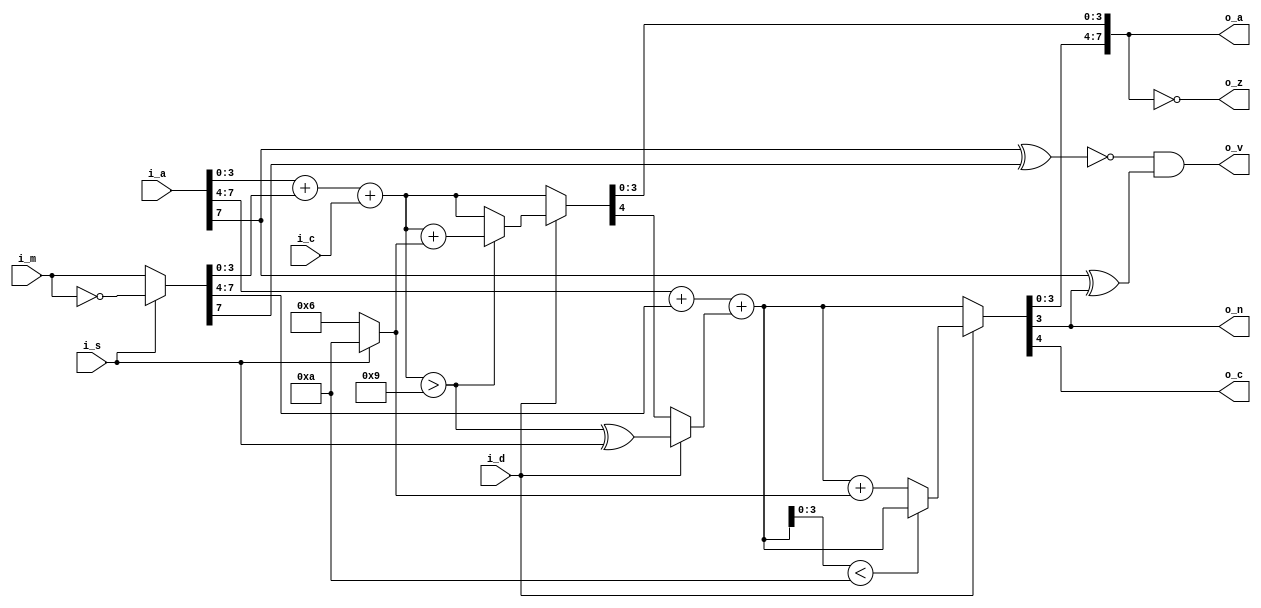
// This program was cloned from: https://github.com/jotego/jtcores
// License: GNU General Public License v3.0

// Copyright (c) 2014 Takashi Toyoshima <toyoshim@gmail.com>.
// All rights reserved.  Use of this source code is governed by a BSD-style
// license that can be found in the LICENSE file.

module MC6502Accumulator(
    i_a,
    i_m,
    i_c,
    i_d,
    i_s,
    o_a,
    o_n,
    o_z,
    o_c,
    o_v);
  input  [7:0] i_a;
  input  [7:0] i_m;
  input        i_c;
  input        i_d;
  input        i_s;
  output [7:0] o_a;
  output       o_n;
  output       o_z;
  output       o_c;
  output       o_v;

  wire   [7:0] w_m;
  wire   [4:0] w_bsum_lo;
  wire   [4:0] w_dsum_lo;
  wire   [4:0] w_bsum_hi;
  wire   [4:0] w_dsum_hi;
  wire   [4:0] w_sum_low;
  wire   [4:0] w_sum_high;
  wire         w_dover_lo;
  wire         w_carry;
  wire   [3:0] w_fix;

  assign w_m        = i_s ? ~i_m : i_m;
  assign w_fix      = i_s ? 4'ha : 4'h6;
  assign w_bsum_lo  = i_a[3:0] + w_m[3:0] + { 3'b000, i_c };
  assign w_dover_lo = w_bsum_lo > 5'h9;
  assign w_dsum_lo  = w_dover_lo ? (w_bsum_lo + w_fix) : w_bsum_lo;
  assign w_sum_low  = i_d ? w_dsum_lo : w_bsum_lo;
  assign w_carry    = i_d ? w_dover_lo ^ i_s : w_sum_low[4];
  assign w_bsum_hi  = i_a[7:4] + w_m[7:4] + { 3'b000, w_carry };
  assign w_dsum_hi  = (w_bsum_hi[3:0] < 4'ha) ? w_bsum_hi : (w_bsum_hi + w_fix);
  assign w_sum_high = i_d ? w_dsum_hi : w_bsum_hi;
  assign o_a        = { w_sum_high[3:0], w_sum_low[3:0] };
  assign o_n        = o_a[7];
  assign o_z        = o_a == 8'h00;
  assign o_c        = w_sum_high[4];
  assign o_v        = (!(i_a[7] ^ w_m[7]) & (i_a[7] ^ o_a[7]));
endmodule  // MC6502Accumulator